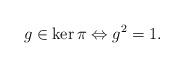
LaTeX: \begin{align*} g\in \ker\pi \Leftrightarrow g^2=1.\end{align*}